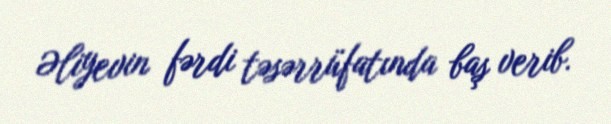
Əliyevin fərdi təsərrüfatında baş verib.